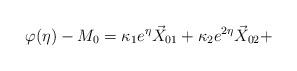
LaTeX: \begin{align*} \varphi(\eta) - M_0 = \kappa_1e^\eta \vec{X}_{01} + \kappa_2e^{2\eta} \vec{X}_{02} + \end{align*}